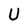
Character: U